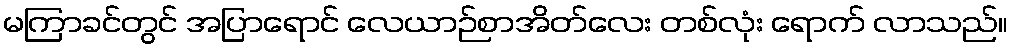
မကြာခင်တွင် အပြာရောင် လေယာဉ်စာအိတ်လေး တစ်လုံး ရောက် လာသည်။